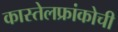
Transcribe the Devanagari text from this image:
कास्तेलफ्रांकोची